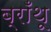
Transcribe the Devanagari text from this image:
ब्राँथू